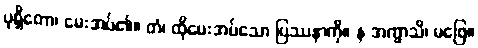
ပုစ္ဆိတော၊ မေးအပ်၏။ တံ၊ ထိုမေးအပ်သော ပြဿနာကို။ န အက္ခာသိ၊ မဖြေ။